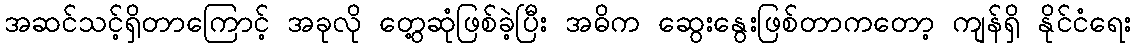
အဆင်သင့်ရှိတာကြောင့် အခုလို တွေ့ဆုံဖြစ်ခဲ့ပြီး အဓိက ဆွေးနွေးဖြစ်တာကတော့ ကျန်ရှိ နိုင်ငံရေး